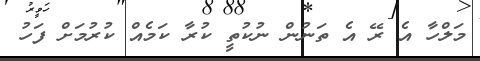
މަލްހާ އެ ރޭ އެ ތަނުން ނުކުތީ ކުރާ ކަމެއް ކުރުމަށް ފަހު